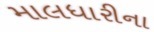
માલધારીના